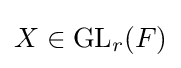
X\in \mathrm {GL} _{r}(F)